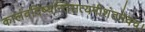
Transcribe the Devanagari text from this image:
कालंवदिष्यन्तिसत्यमीशंतमेवच।